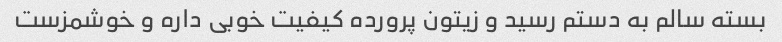
بسته سالم به دستم رسید و زیتون پرورده کیفیت خوبی داره و خوشمزست